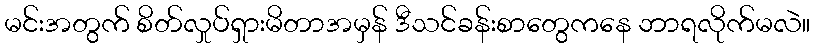
မင်းအတွက် စိတ်လှုပ်ရှားမိတာအမှန် ဒီသင်ခန်းစာတွေကနေ ဘာရလိုက်မလဲ။